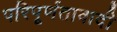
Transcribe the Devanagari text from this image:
परिपूर्णतावादी